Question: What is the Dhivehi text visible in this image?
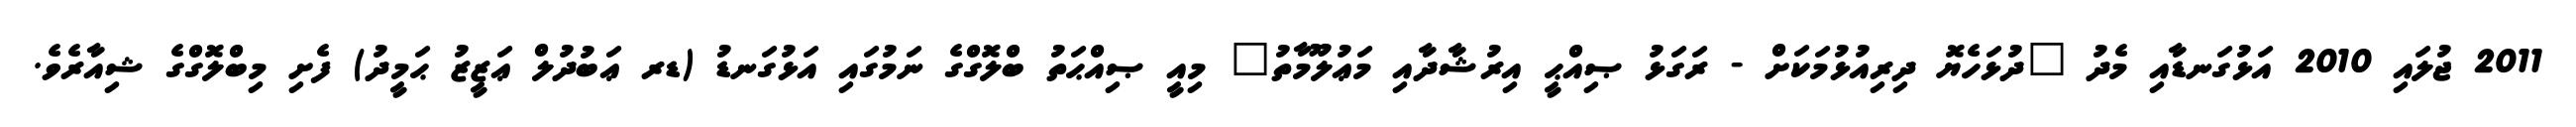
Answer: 2011 ޖުލައި 2010 އަޅުގަނޑާއި މެދު "ދުޅަހެޔޮ ދިރިއުޅުމަކަށް - ރަގަޅު ޞިއްޙީ އިރުޝާދާއި މަޢުލޫމާތު" މިއީ ޞިއްޙަތު ބްލޮގްގެ ނަމުގައި އަޅުގަނޑު (ޑރ ޢަބުދުލް ޢަޒީޒު ޙަމީދު) ފެށި މިބްލޮގްގެ ޝިއާރެވެ.